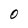
Character: 0